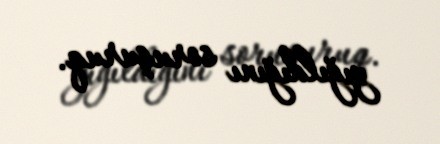
yığıldığını soruşuruq.